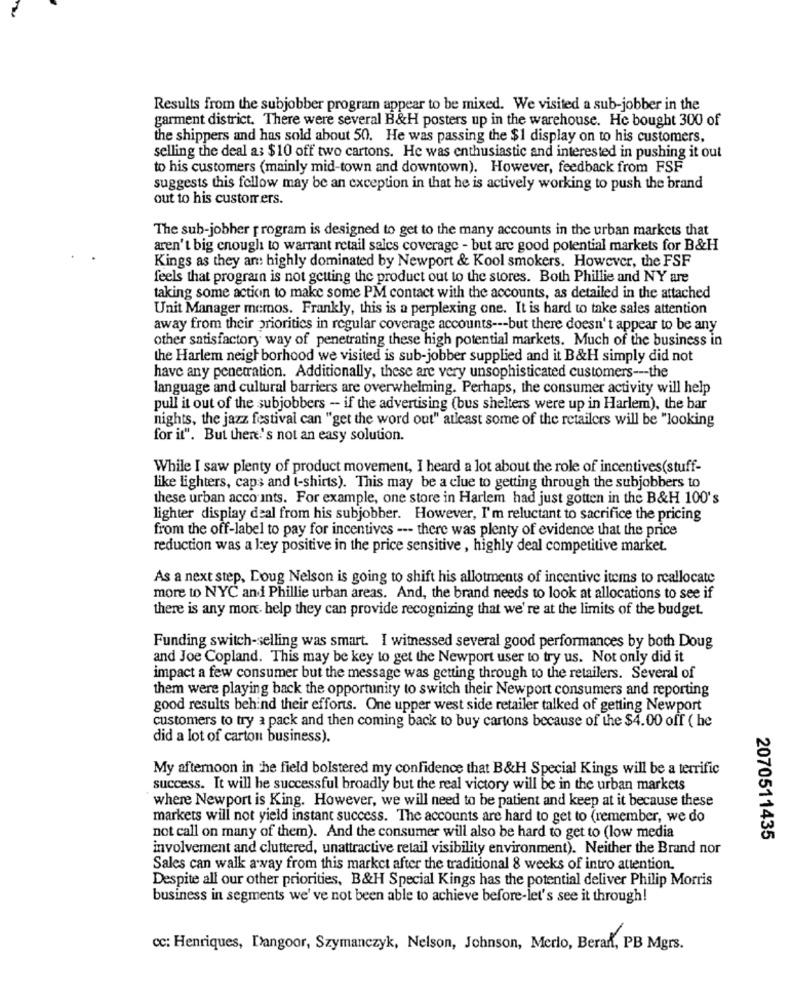
Results from the subjobber program appear to be mixed. We visited a sub-jobber in the
garment district. There were several B&H posters up in the warehouse. He bought 300 of
the shippers and has sold about 50. He was passing the $1 display on to his customers,
selling the deal a: $10 off two cartons. He was enthusiastic and interested in pushing it out
to his customers (mainly mid-town and downtown). However, feedback from FSF
suggests this fellow may be an exception in that he is actively working to push the brand
out to his customers.
The sub-jobher program is designed to get to the many accounts in the urban markets that
aren't big enough to warrant retail sales coverage - but are good potential markets for B&H
Kings as they an: highly dominated by Newport & Kool smokers. However, the FSF
feels that program is not getting the product out to the stores. Both Phillie and NY are
taking some action to make some PM contact with the accounts, as detailed in the attached
Unit Manager memos. Frankly, this is a perplexing one. It is hard to take sales attention
away from their priorities in regular coverage accounts --- but there doesn't appear to be any
other satisfactory way of penetrating these high potential markets. Much of the business in
the Harlem neighborhood we visited is sub-jobber supplied and it B&H simply did not
have any penetration. Additionally, these are very unsophisticated customers --- the
language and cultural barriers are overwhelming. Perhaps, the consumer activity will help
pull it out of the subjobbers - if the advertising (bus shelters were up in Harlem), the bar
nights, the jazz festival can "get the word out" atleast some of the retailers will be "looking
for it". But there's not an easy solution.
While I saw plenty of product movement, I heard a lot about the role of incentives(stuff-
like lighters, caps and t-shirts). This may be a clue to getting through the subjobbers to
these urban acco ints. For example, one store in Harlem had just gotten in the B&H 100's
lighter display deal from his subjobber. However, I'm reluctant to sacrifice the pricing
from the off-label to pay for incentives --- there was plenty of evidence that the price
reduction was a ley positive in the price sensitive , highly deal competitive market.
As a next step, Doug Nelson is going to shift his allotments of incentive items to reallocate
more to NYC and Phillie urban areas. And, the brand needs to look at allocations to see if
there is any more. help they can provide recognizing that we're at the limits of the budget.
Funding switch-selling was smart. I witnessed several good performances by both Doug
and Joe Copland. This may be key to get the Newport user to try us. Not only did it
impact a few consumer but the message was getting through to the retailers. Several of
them were playing back the opportunity to switch their Newport consumers and reporting
good results behind their efforts. One upper west side retailer talked of getting Newport
customers to try a pack and then coming back to buy cartons because of the $4.00 off ( he
did a lot of carton business).
My afternoon in the field bolstered my confidence that B&H Special Kings will be a terrific
success. It will be successful broadly but the real victory will be in the urban markets
where Newport is King. However, we will need to be patient and keep at it because these
markets will not yield instant success. The accounts are hard to get to (remember, we do
not call on many of them). And the consumer will also be hard to get to (low media
2070511435
involvement and cluttered, unattractive retail visibility environment). Neither the Brand nor
Sales can walk away from this market after the traditional 8 weeks of intro attention.
Despite all our other priorities, B&H Special Kings has the potential deliver Philip Morris
business in segments we've not been able to achieve before-let's see it through!
cc: Henriques, Dangoor, Szymanczyk, Nelson, Johnson, Merlo, Beran, PB Mgrs.